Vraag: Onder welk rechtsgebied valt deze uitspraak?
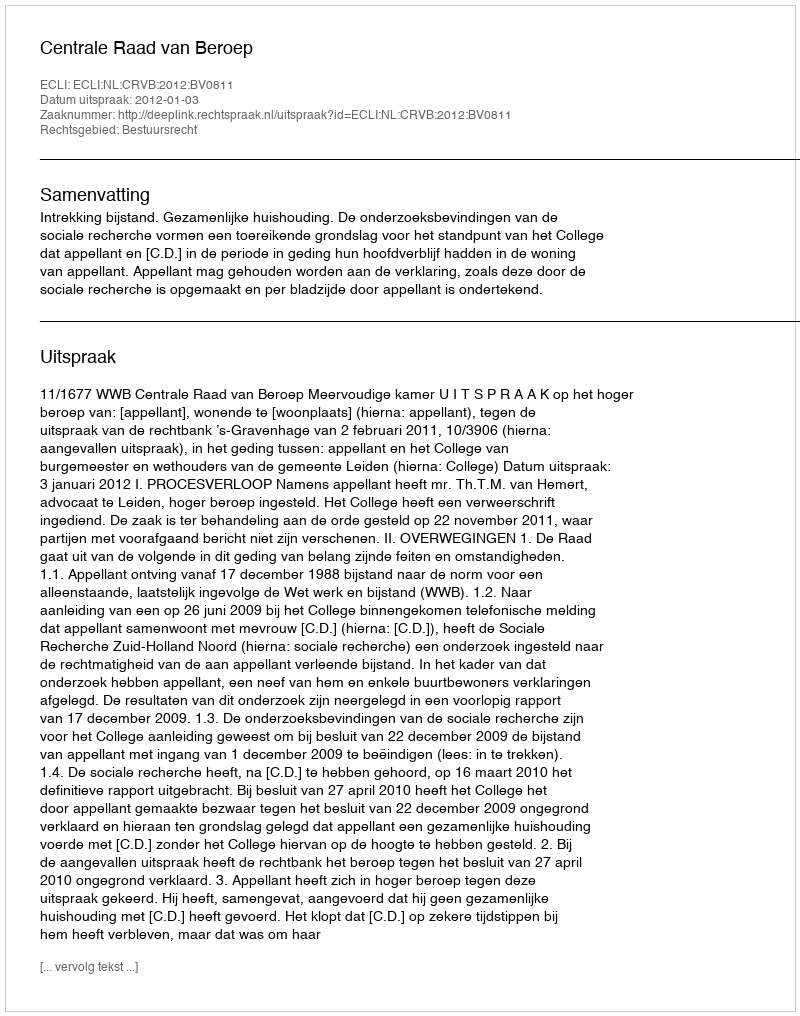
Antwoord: Bestuursrecht